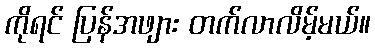
ကိုရင် ပြန်အဖျား တက်လာလိမ့်မယ်။